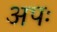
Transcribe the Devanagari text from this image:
अपः